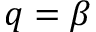
q = \beta